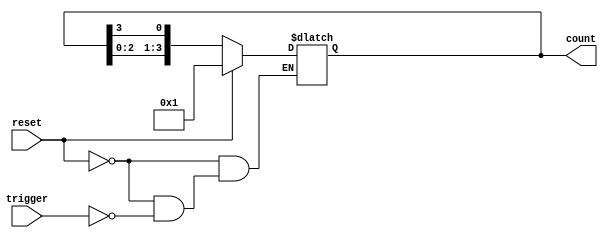
module async_ring_counter #(
    parameter N = 4  // Number of states (flip-flops)
)(
    input wire reset,  // Asynchronous reset
    input wire trigger, // Trigger signal for state transition
    output reg [N-1:0] count // Output representing the current state
);

// Initial state
initial begin
    count = 1'b1; // Start with the first flip-flop set to 1
end

// Asynchronous reset and state transition
always @(*) begin
    if (reset) begin
        count = 1'b1; // Reset to initial state
    end else if (trigger) begin
        // Shift the active state to the next flip-flop
        count = {count[N-2:0], count[N-1]}; // Rotate left
    end
end

endmodule